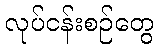
လုပ်ငန်းစဉ်တွေ